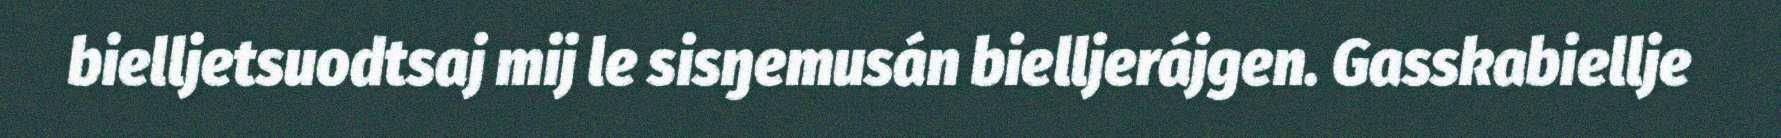
bielljetsuodtsaj mij le sisŋemusán bielljerájgen. Gasskabiellje